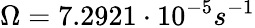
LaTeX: \Omega=7.2921\cdot 10^{-5}s^{-1}